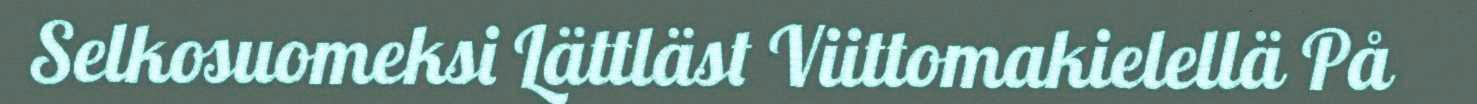
Selkosuomeksi Lättläst Viittomakielellä På